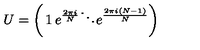
U = \left( \begin{matrix} { 1 } & { } & { } & { } \\ { } & { e ^ { \frac { 2 \pi i } { N } } } & { } & { } \\ { } & { } & { \ddots } & { } \\ { } & { } & { } & { e ^ { \frac { 2 \pi i ( N - 1 ) } { N } } } \\ \end{matrix} \right)